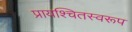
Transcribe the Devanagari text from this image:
प्रायश्चितस्वरूप